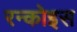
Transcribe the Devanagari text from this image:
रन्कोइस